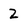
Character: 2